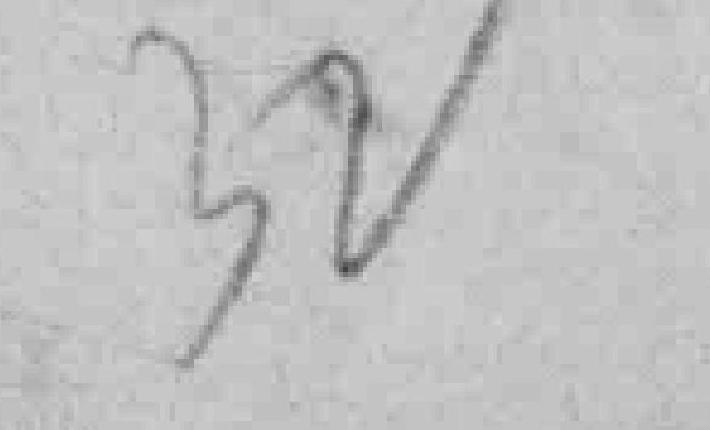
32